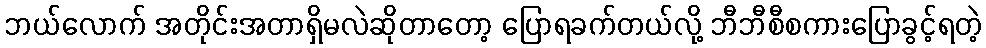
ဘယ်လောက် အတိုင်းအတာရှိမလဲဆိုတာတော့ ပြောရခက်တယ်လို့ ဘီဘီစီစကားပြောခွင့်ရတဲ့